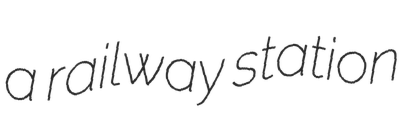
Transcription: a railway station